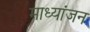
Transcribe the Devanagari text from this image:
माध्यांजन